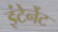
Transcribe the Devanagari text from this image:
इंटेर्नेट